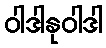
ဝါဒါနုဝါဒါ